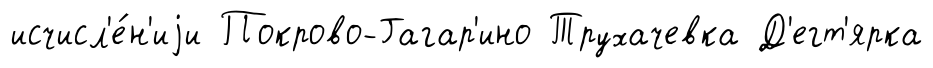
исчисл'е́н'иjи Покрово-Гагар'ино Трухачевка Д'егт'ярка